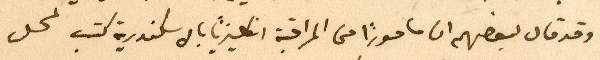
وقد قال لبعضهم ان مامورًا من المراقبة انكليزيًا بالاسكندرية كتب لمحل